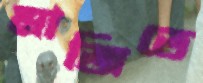
মাজিতে